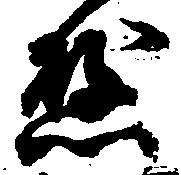
懸